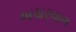
બચરવાળ